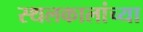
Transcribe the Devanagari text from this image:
स्थलकालांच्या